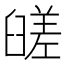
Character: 䑘